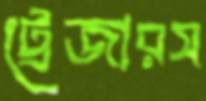
ট্রেজারস